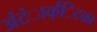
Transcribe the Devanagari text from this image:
अंंटंार्क्िटका